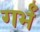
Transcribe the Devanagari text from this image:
गर्भं